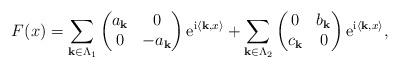
LaTeX: \begin{align*}F(x)=\sum_{{\bf k}\in \Lambda_{1}} \begin{pmatrix}a_{\bf k}&0\\0&-a_{\bf k}\end{pmatrix}{\rm e}^{{\rm i}\langle{\bf k},x\rangle} + \sum_{{\bf k}\in \Lambda_{2}} \begin{pmatrix}0&b_{\bf k}\\c_{\bf k}&0\end{pmatrix}{\rm e}^{{\rm i}\langle{\bf k},x\rangle},\end{align*}